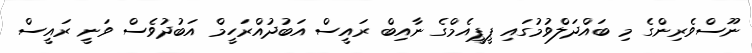
ނޫސްވެރިންގެ މި ބައްދަލްވުމުގައި ޕީޕީއެމްގެ ނާއިބް ރައީސް އަބުދުއްރަހީމް އަބުދުވެސް ވަނީ ރައީސް